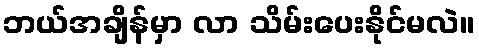
ဘယ်အချိန်မှာ လာ သိမ်းပေးနိုင်မလဲ။